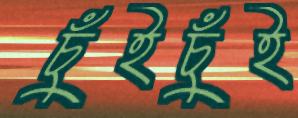
চুঁইচুঁই